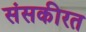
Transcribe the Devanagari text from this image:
संसकीरत